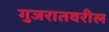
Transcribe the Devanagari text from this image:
गुजरातवरील